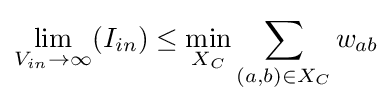
\lim _{V_{in}\rightarrow \infty }(I_{in})\leq \min _{X_{C}}\sum _{(a,b)\in X_{C}}w_{ab}